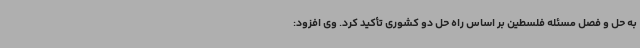
به حل و فصل مسئله فلسطین بر اساس راه حل دو کشوری تأکید کرد. وی افزود: